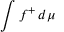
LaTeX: \int f ^ { + } \, d \mu